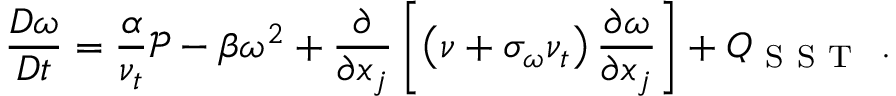
\frac { D \omega } { D t } = \frac { \alpha } { \nu _ { t } } \mathcal { P } - \beta \omega ^ { 2 } + \frac { \partial } { \partial x _ { j } } \left[ \left( \nu + \sigma _ { \omega } \nu _ { t } \right) \frac { \partial \omega } { \partial x _ { j } } \right] + Q _ { \mathrm { ~ S ~ S ~ T ~ } } \mathrm { ~ . ~ }